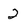
Character: 2